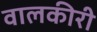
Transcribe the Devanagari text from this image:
वालकीरी